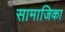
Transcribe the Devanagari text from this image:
सामाजिका